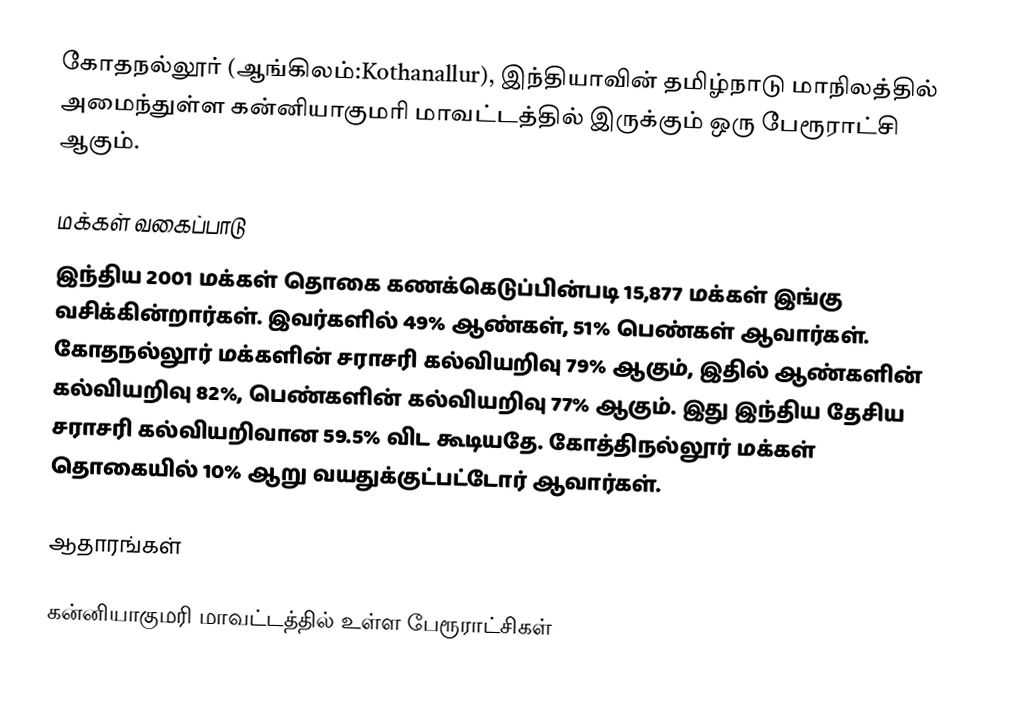
கோதநல்லூர் (ஆங்கிலம்:Kothanallur), இந்தியாவின் தமிழ்நாடு மாநிலத்தில் அமைந்துள்ள கன்னியாகுமரி மாவட்டத்தில் இருக்கும் ஒரு பேரூராட்சி ஆகும்.

மக்கள் வகைப்பாடு
இந்திய 2001 மக்கள் தொகை கணக்கெடுப்பின்படி 15,877 மக்கள் இங்கு வசிக்கின்றார்கள். இவர்களில் 49% ஆண்கள், 51% பெண்கள் ஆவார்கள். கோதநல்லூர் மக்களின் சராசரி கல்வியறிவு 79% ஆகும்,  இதில் ஆண்களின் கல்வியறிவு 82%,  பெண்களின் கல்வியறிவு 77% ஆகும். இது இந்திய தேசிய சராசரி கல்வியறிவான 59.5% விட கூடியதே. கோத்திநல்லூர் மக்கள் தொகையில் 10%  ஆறு வயதுக்குட்பட்டோர் ஆவார்கள்.

ஆதாரங்கள்

கன்னியாகுமரி மாவட்டத்தில் உள்ள பேரூராட்சிகள்